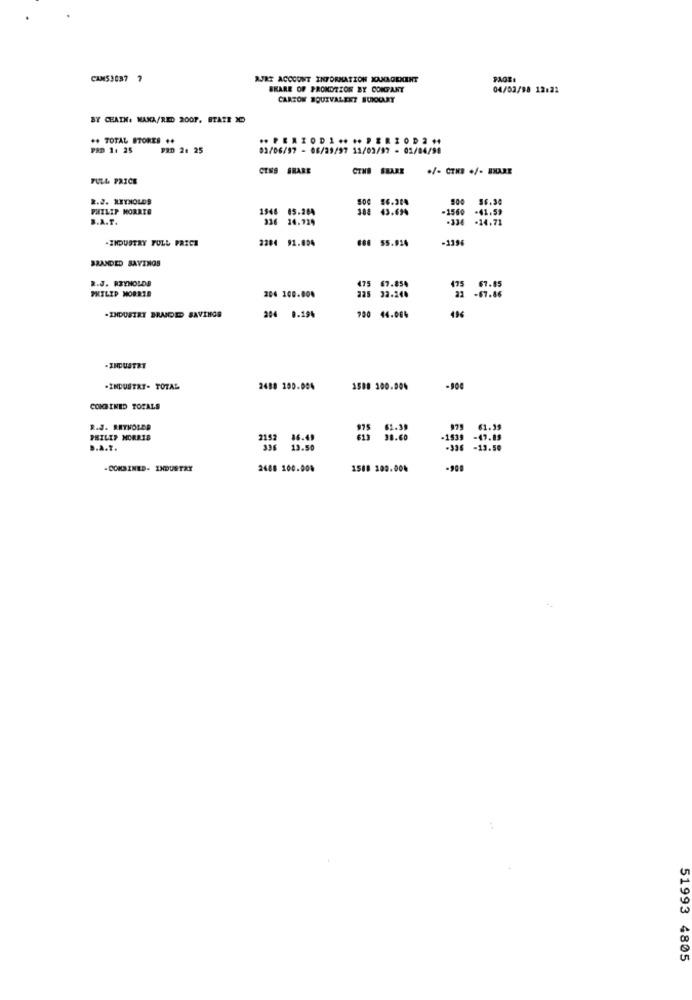
CANS3087 7
RJRT ACCOUNT INFORMATION JOUNGEKENT
SKARE OF PROMOTION BY COMPANY
04/02/98 12:21
CARTON EQUIVALENT BUROKCART
BY CEATH: MAKA/RED 200P. STATE
** TOTAL STORES **
.+PERIODI .... PERIOD2.
PAD 1: 25
PID 2: 25
03/06/97 - 08/29/97 11/03/97 - 01/04/98
CENS SHARE
OTHE SHARE
+/- CTHE +/- SHARE
FULL PRICE
R.J. REYNOLDS
56.304
56.30
PHILIP MORRIS
1948 05.284
43.694
1560 -41.59
B.A.T.
336 14.724
.14.71
-INDUSTRY FULL PRICE
2284 91.894
660 55.924
-1396
BRANDED SAVINGS
2.J. REYNOLDS
67.854
PHILIP MORRIS
473
-67.86
67.85
204 100.004
225 32.24.
196
-INDUSTRY BRANDED SAVINGS
204 0.294
700 44.004
-INDUSTRY
.INDUSTRY- TOTAL
2488 100.004
1588 300.00%
-900
COMBINED TOTALS
R.J. REYNOLDS
62.39
979
61.39
PHILIP MORRIS
2152
86.49
38.60
-1539
-47.19
B.A.T.
13.50
-13.50
-COMBINED- INDUSTRY
2488 100.008
1588 200.00%
-900
51993 4805